Report on horse surra - Volume I
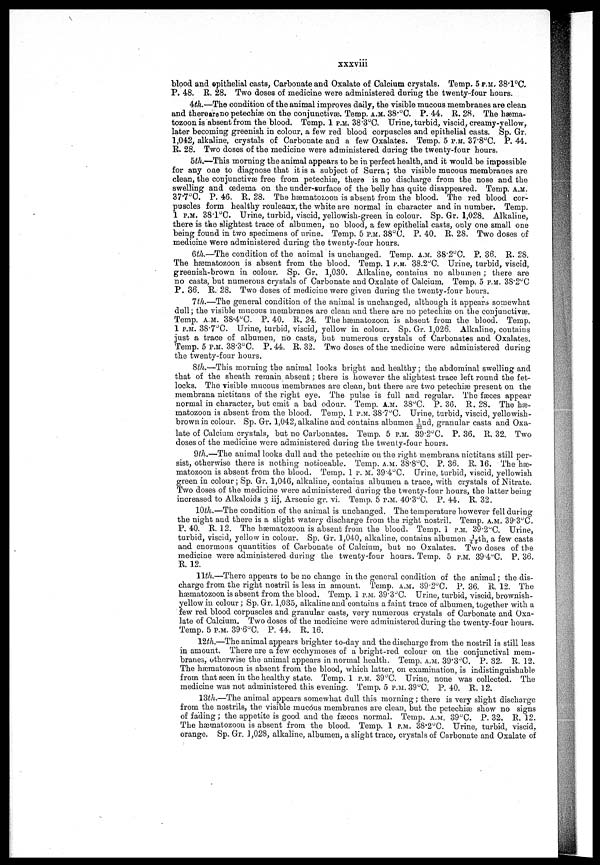
xxxviii
blood and epithelial casts, Carbonate and Oxalate of Calcium crystals. Temp. 5 P.M. 38.l°C.
P. 48. R. 28. Two doses of medicine were administered during the twenty-four hours.
4th.—The condition of the animal improves daily, the visible mucous membranes are clean
and there are no petechiæ on the conjunctivæ. Temp. A.M. 38.°C. P. 44. R. 28. The hæma-
tozoon is absent from the blood. Temp. 1 P.M. 38.3°C. Urine, turbid, viscid, creamy-yellow,
later becoming greenish in colour, a few red blood corpuscles and epithelial casts. Sp. Gr.
1,042, alkaline, crystals of Carbonate and a few Oxalates. Temp. 5 P.M. 37.8°C. P. 44.
R. 28. Two doses of the medicine were administered during the twenty-four hours.
5th.—This morning the animal appears to be in perfect health, and it would be impossible
for any one to diagnose that it is a subject of Surra; the visible mucous membranes are
clean, the conjunctivæ free from petechiæ, there is no discharge from the nose and the
swelling and œdema on the under-surface of the belly has quite disappeared. Temp. A.M.
37.7°C. P. 46. R. 28. The hæmatozoon is absent from the blood. The red blood cor-
puscles form healthy rouleaux, the white are normal in character and in number. Temp.
1 P.M. 38.1°C. Urine, turbid, viscid, yellowish-green in colour. Sp. Gr. 1,028. Alkaline,
there is the slightest trace of albumen, no blood, a few epithelial casts, only one small one
being found in two specimens of urine. Temp. 5 P.M. 38°C. P. 40. R. 28. Two doses of
medicine were administered during the twenty-four hours.
6th.—The condition of the animal is unchanged. Temp. A.M. 38.2°C. P. 36. R. 28.
The hæmatozoon is absent from the blood. Temp. 1 P.M. 38.2°C. Urine, turbid, viscid,
greenish-brown in colour. Sp. Gr. 1,030. Alkaline, contaius no albumen ; there are
no casts, but numerous crystals of Carbonate and Oxalate of Calcium. Temp. 5 P.M. 38.2°C
P. 36. R. 28. Two doses of medicine were given during the twenty-four hours.
7th.—The general condition of the animal is unchanged, although it appears somewhat
dull; the visible mucous membranes are clean and there are no petechiæ on the conjunctivæ.
Temp. A.M. 38.4°C. P. 40. R. 24. The hæmatozoon is absent from the blood. Temp.
1 P.M. 38.7°C. Urine, turbid, viscid, yellow in colour. Sp. Gr. 1,026. Alkaline, contains
just a trace of albumen, no casts, but numerous crystals of Carbonates and Oxalates.
Temp. 5 P.M. 38.3°C. P. 44. R. 32. Two doses of the medicine were administered during
the twenty-four hours.
Stli.—This morning the animal looks bright and healthy; the abdominal swelling and
that of the Sheath remain absent; there is however the slightest trace left round the fet-
locks. The visible mucous membranes are clean, but there are two petechiæ present on the
membrana nictitans of the right eye. The pulse is full and regular. The fæces appear
normal in character, but emit a bad odour. Temp. A.M. 38°C. P. 36. R. 28. The hæ-
matozoon is absent from the blood. Temp. 1 P.M. 38°C. Urine, turbid, viscid, yellowish-
brown in colour. Sp. Gr. 1,042, alkaline and contains albumen 1/22nd, granular casts and Oxa-
late of Calcium crystals, but no Carbonates. Temp. 5 P.M. 39.2°C. P. 36, R. 32. Two
doses of the medicine were administered during the twenty-four hours.
9th.—The animal looks dull and the petechias on the right membrana nictitans still per-
sist, otherwise there is nothing noticeable. Temp. A.M. 38.8°C, P. 36. R. 16. The hæ-
matozoon is absent from the blood. Temp. 1 P.M. 39.4°C. Urine, turbid, viscid, yellowish
green in colour; Sp. Gr. 1,046, alkaline, contains albumen a trace, with crystals of Nitrate.
Two doses of the medicine were administered during the twenty-four hours, the latter being
increased to Alkaloids 3 iij, Arsenic gr. vi. Temp. 5 P.M. 40.3°C. P. 44. R. 32.
10th.—The condition of the animal is unchanged. The temperature however fell during
the night and there is a slight watery discharge from the right nostril. Temp. A.M. 39.3°C.
P. 40. R. 12. The hæmatozoon is absent from the blood. Temp. 1 P.M. 39"2°C. Urine,
turbid, viscid, yellow in colour. Sp. Gr. 1,040, alkaline, contains albumen 1/43th, a few casts
and enormous quantities of Carbonate of Calcium, but no Oxalates. Two doses of the
medicine were administered during the twenty-four hours. Temp. 5 P.M. 39'4°C. P. 36.
R. 12.
11th.—There appears to be no change in the general condition of the animal; the dis-
charge from the right nostril is less in amount. Temp. A.M. 39.2°C. P. 36. R. 12. The
hæmatozoon is absent from the blood. Temp. 1 P.M. 39.3°C. Urine, turbid, viscid, brownish-
yellow in colour ; Sp. Gr. 1,035, alkaline and contains a faint trace of albumen, together with a
few red blood corpuscles and granular casts, very numerous crystals of Carbonate and Oxa-
late of Calcium. Two doses of the medicine were administered during the twenty-four hours.
Temp. 5 P.M.39.6°C. P. 44. R. 16.
12£/i.—The animal appears brighter to-day and the discharge from the nostril is still less
in amount. There are a few ecchymoses of a bright-red colour on the conjunctival mem-
branes, otherwise the animal appears in normal health. Temp. A.M. 39.3°C. P. 32. R. 12.
The hæmatozoon is absent from the blood, which latter, on examination, is indistinguishable
from that seen in the healthy state. Temp. 1 P.M. 39°C. Urine, none was collected. The
medicine was not administered this evening. Temp. 5 P.M. 39°C. P. 40. R. 12.
13th.—The animal appears somewhat dull this morning; there is very slight discharge
from the nostrils, the visible mucous membranes are clean, but the petechias show no signs
of fading; the appetite is good and the fasces normal. Temp. A.M. 39°C. P. 32. R. 12.
The hæmatozoon is absent from the blood. Temp. 1 P.M. 38.2°C. Urine, turbid, viscid,
orange. Sp. Gr. 1,028, alkaline, albumen, a slight trace, crystals of Carbonate and Oxalate of